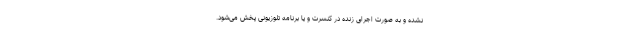
نشده و به صورت اجرای زنده در کنسرت و یا برنامه تلوزیونی پخش می‌شود.